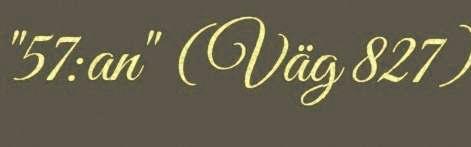
"57:an" (Väg 827)